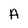
Character: A